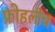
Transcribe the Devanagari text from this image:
फ्रोहलीच